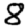
Digit: 8